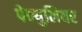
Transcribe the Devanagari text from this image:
पेक्युलियर